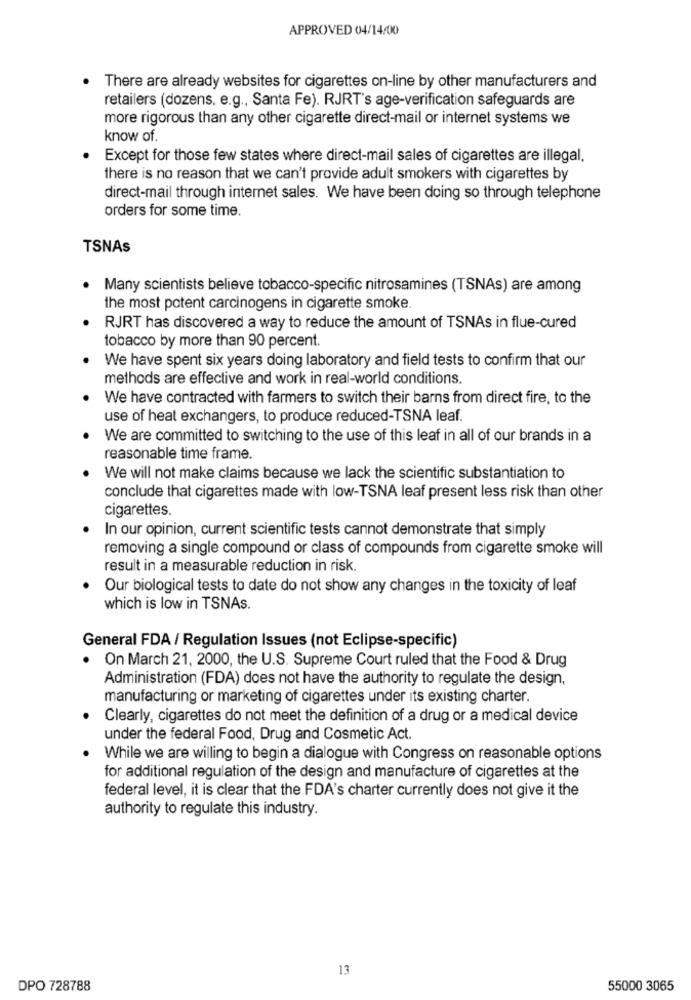
APPROVED 04/14/00
There are already websites for cigarettes on-line by other manufacturers and
retailers (dozens, e.g ., Santa Fe). RJRT's age-verification safeguards are
more rigorous than any other cigarette direct-mail or internet systems we
know of.
Except for those few states where direct-mail sales of cigarettes are illegal,
there is no reason that we can't provide adult smokers with cigarettes by
direct-mail through internet sales. We have been doing so through telephone
orders for some time.
TSNAs
Many scientists believe tobacco-specific nitrosamines (TSNAs) are among
the most potent carcinogens in cigarette smoke.
RJRT has discovered a way to reduce the amount of TSNAs in flue-cured
tobacco by more than 90 percent.
We have spent six years doing laboratory and field tests to confirm that our
methods are effective and work in real-world conditions.
We have contracted with farmers to switch their barns from direct fire, to the
use of heat exchangers, to produce reduced-TSNA leaf.
We are committed to switching to the use of this leaf in all of our brands in a
reasonable time frame.
We will not make claims because we lack the scientific substantiation to
conclude that cigarettes made with low-TSNA leaf present less risk than other
cigarettes.
In our opinion, current scientific tests cannot demonstrate that simply
removing a single compound or class of compounds from cigarette smoke will
result in a measurable reduction in risk.
Our biological tests to date do not show any changes in the toxicity of leaf
which is low in TSNAs.
General FDA / Regulation Issues (not Eclipse-specific)
On March 21, 2000, the U.S. Supreme Court ruled that the Food & Drug
Administration (FDA) does not have the authority to regulate the design,
manufacturing or marketing of cigarettes under its existing charter.
Clearly, cigarettes do not meet the definition of a drug or a medical device
under the federal Food, Drug and Cosmetic Act.
While we are willing to begin a dialogue with Congress on reasonable options
for additional regulation of the design and manufacture of cigarettes at the
federal level, it is clear that the FDA's charter currently does not give it the
authority to regulate this industry.
13
DPO 728788
55000 3065